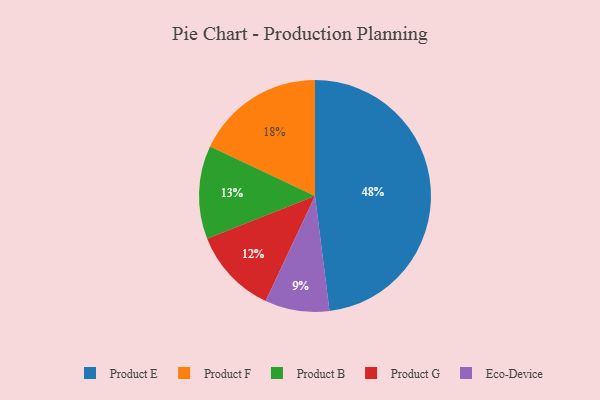
{"axis": {"x": "Category", "y": "Percentage"}, "legend": ["Eco-Device", "Product B", "Product E", "Product F", "Product G"], "data": [{"x": "Product B", "y": 13, "type": "Product B"}, {"x": "Product E", "y": 48, "type": "Product E"}, {"x": "Eco-Device", "y": 9, "type": "Eco-Device"}, {"x": "Product G", "y": 12, "type": "Product G"}, {"x": "Product F", "y": 18, "type": "Product F"}]}